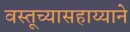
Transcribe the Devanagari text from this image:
वस्तूच्यासहाय्याने